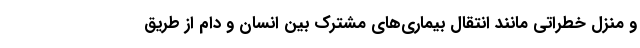
و منزل خطراتی مانند انتقال بیماری‌های مشترک بین انسان و دام از طریق